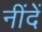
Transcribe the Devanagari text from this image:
नींदें